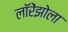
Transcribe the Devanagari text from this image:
लॉरेंझोला